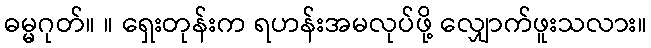
ဓမ္မဂုတ်။ ။ ရှေးတုန်းက ရဟန်းအမလုပ်ဖို့ လျှောက်ဖူးသလား။